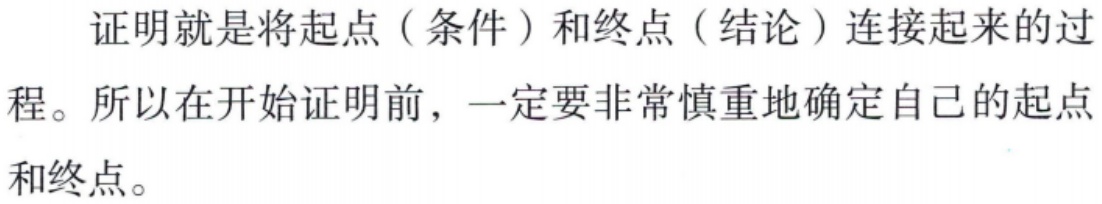
证明就是将起点（条件）和终点（结论）连接起来的过程。所以在开始证明前，一定要非常慎重地确定自己的起点和终点。